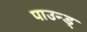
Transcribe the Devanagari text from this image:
पाउन्ड्